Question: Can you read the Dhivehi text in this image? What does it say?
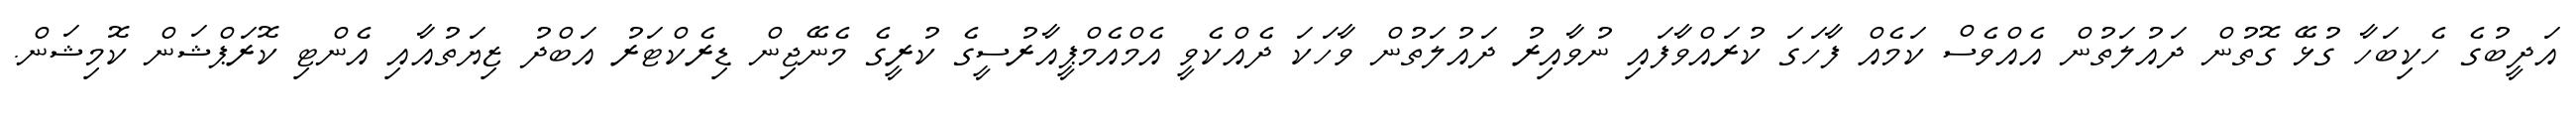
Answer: އަދީބުގެ ހެކިބަހާ ގުޅޭ ގޮތުން ދައުލަތުން އެއްވެސް ކަމެއް ފާހަގަ ކުރައްވާފައި ނުވާއިރު ދައުލަތުން ވާހަކަ ދެއްކެވީ އެމްއެމްޕީއާރުސީގެ ކުރީގެ މެނޭޖިން ޑިރެކްޓަރު އަބްދު ޒިޔަތުއާއި އެންޓި ކޮރަޕްޝަން ކޮމިޝަން.